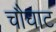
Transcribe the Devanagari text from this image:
चौघाट